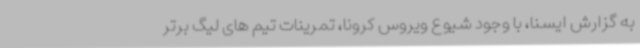
به گزارش ایسنا، با وجود شیوع ویروس کرونا، تمرینات تیم های لیگ برتر